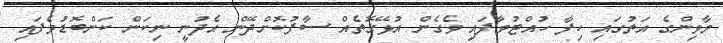
މާވިންގެ އަތުގައި ހިފާ ހުއްޓުވާފައި ވެގެން އުޅޭގޮތެއް ސާފުކޮށްދޭން އެދުނީ ނިކަން ކަންބޮޑުވެފައި